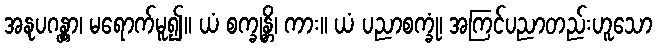
အနုပဂန္တွာ၊ မရောက်မူ၍။ ယံ စက္ခုန္တိ၊ ကား။ ယံ ပညာစက္ခုံ၊ အကြင်ပညာတည်းဟူသော